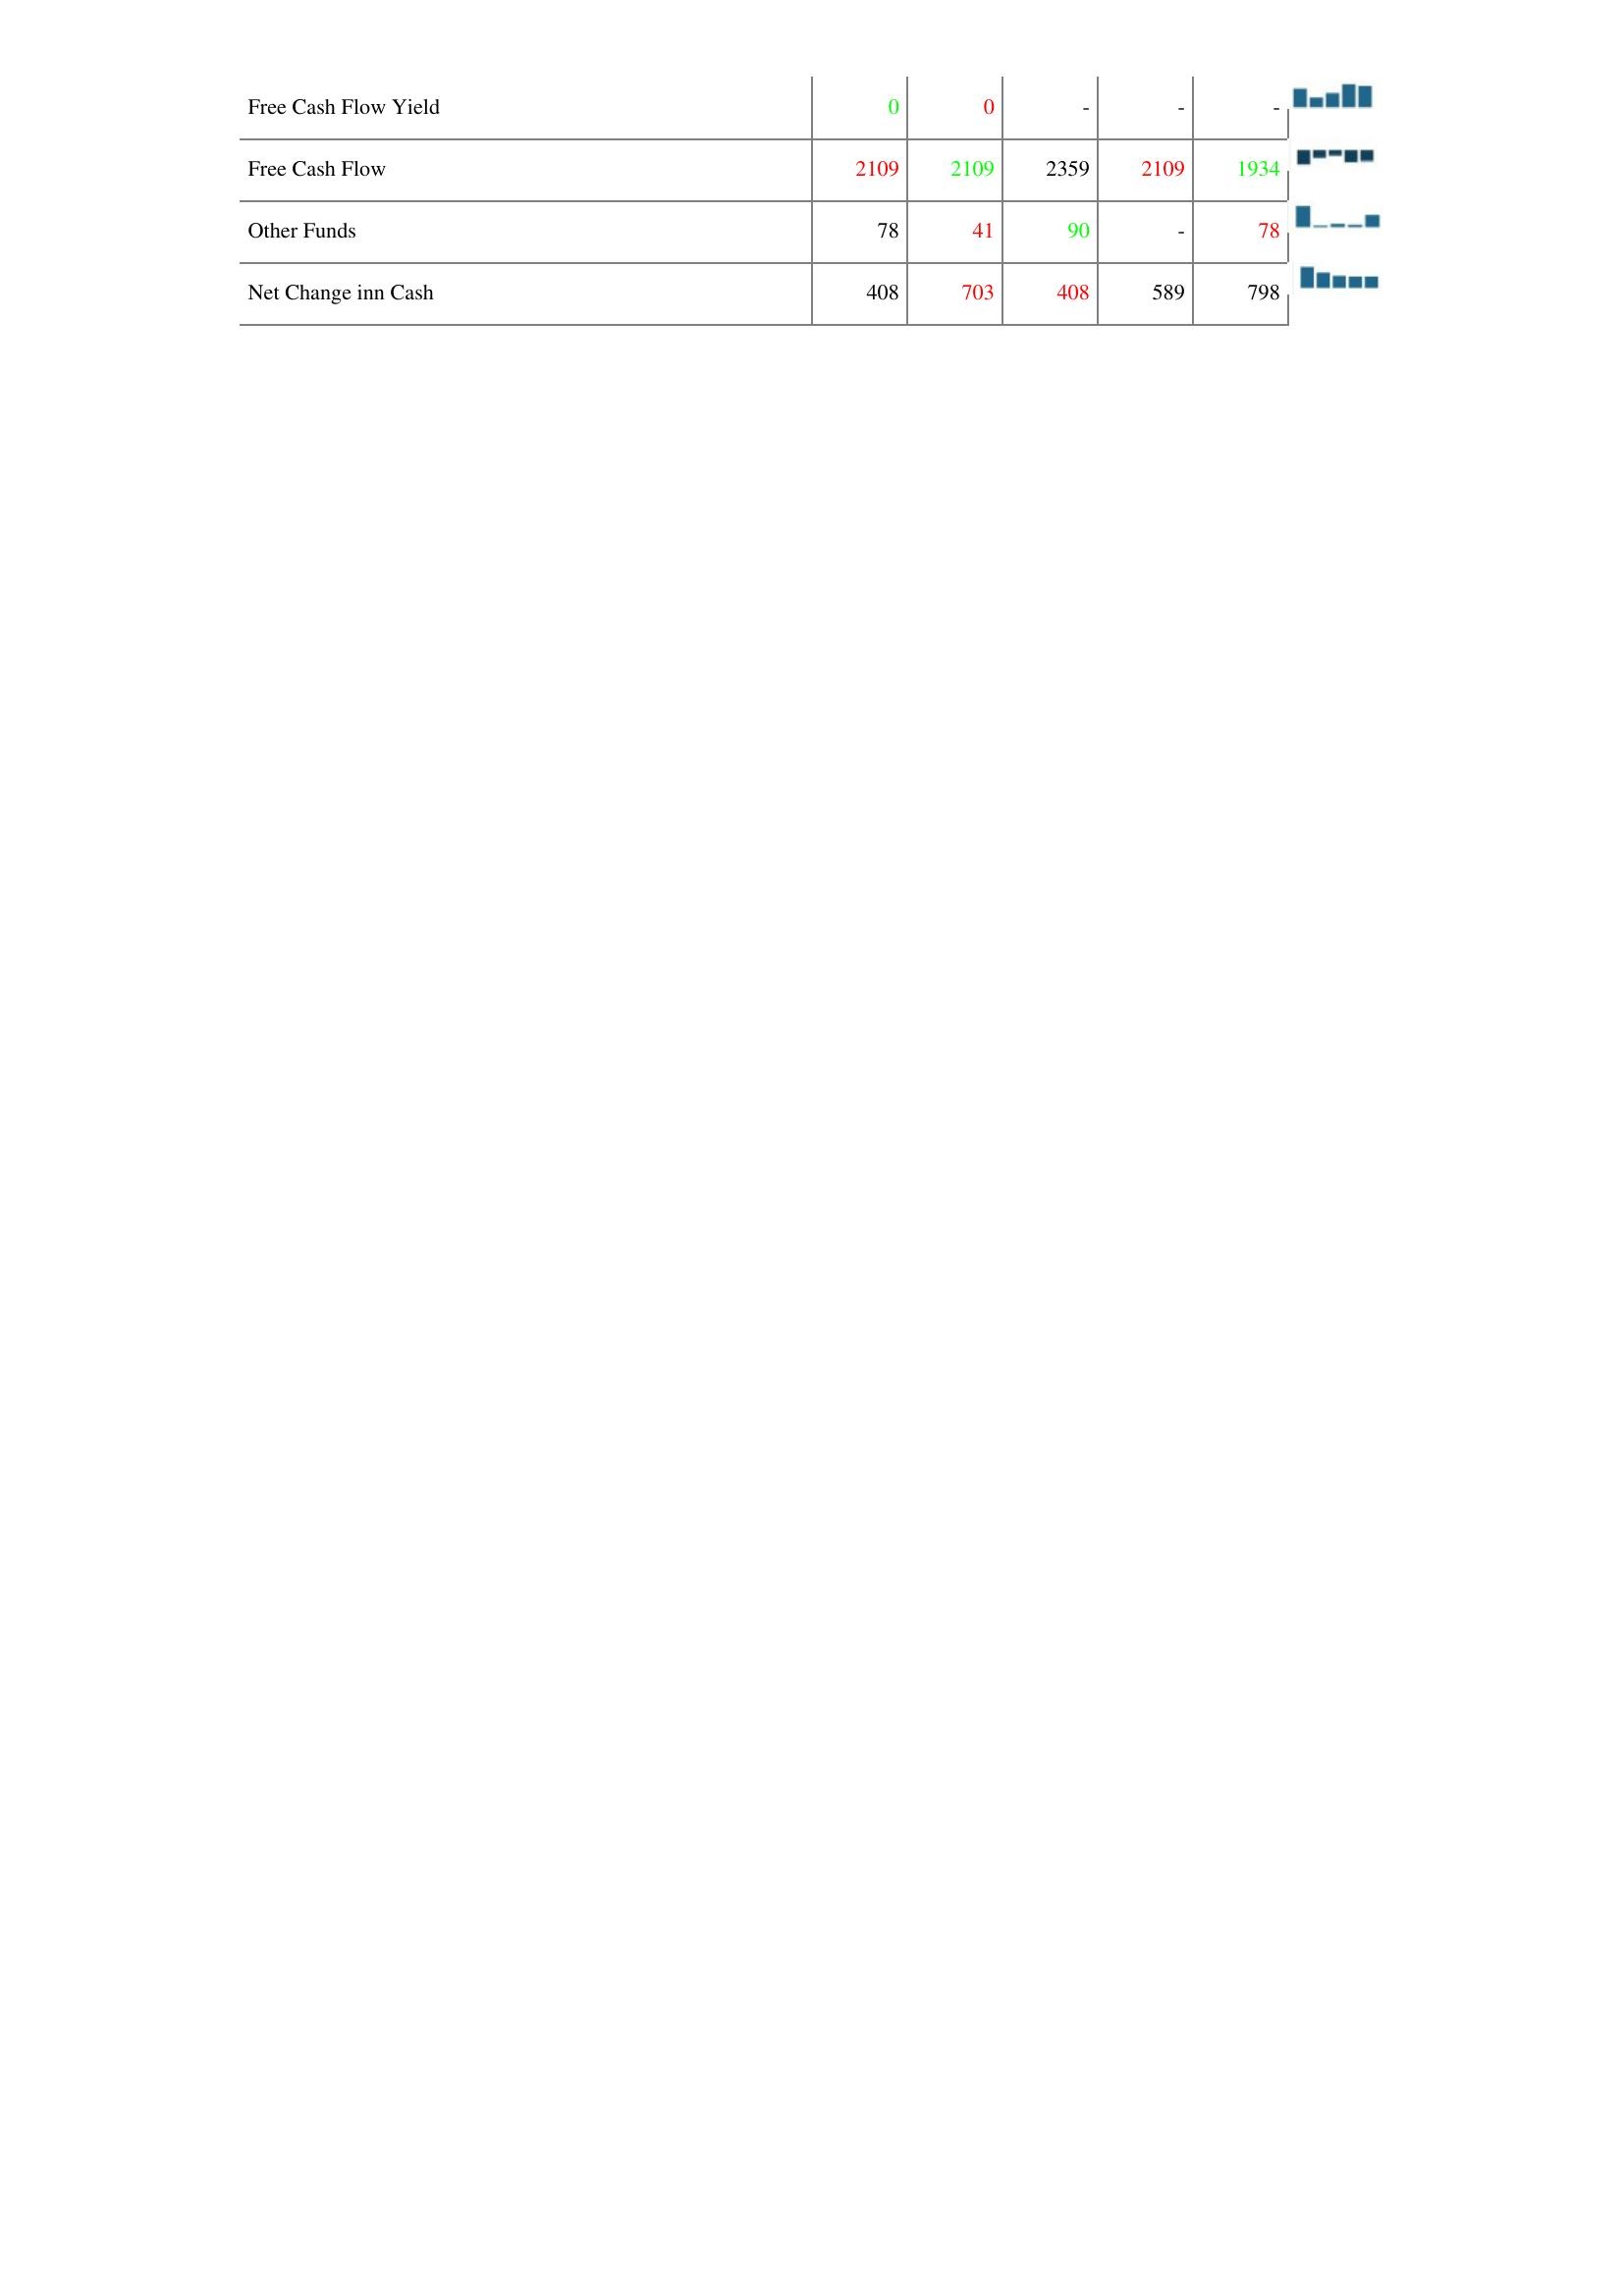
2005: Financing Activities: Free Cash Flow Yield: 0
Free Cash Flow: 2109
Other Funds: 78
Net Change inn Cash: 408
2004: Financing Activities: Free Cash Flow Yield: 0
Free Cash Flow: 2109
Other Funds: 41
Net Change inn Cash: 703
2003: Financing Activities: Free Cash Flow Yield: -
Free Cash Flow: 2359
Other Funds: 90
Net Change inn Cash: 408
2002: Financing Activities: Free Cash Flow Yield: -
Free Cash Flow: 2109
Other Funds: -
Net Change inn Cash: 589
2001: Financing Activities: Free Cash Flow Yield: -
Free Cash Flow: 1934
Other Funds: 78
Net Change inn Cash: 798